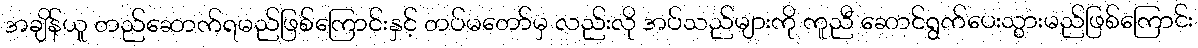
အချိန်ယူ တည်ဆောက်ရမည်ဖြစ်ကြောင်းနှင့် တပ်မတော်မှ လည်းလို အပ်သည်များကို ကူညီ ဆောင်ရွက်ပေးသွားမည်ဖြစ်ကြောင်း